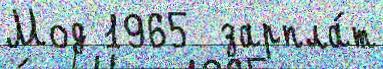
Мод 1965  зарпла́т